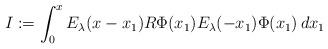
LaTeX: \begin{align*}I:=\int_0^xE_{\lambda}(x-x_1) R \Phi(x_1) E_\lambda(-x_1)\Phi(x_1)\,dx_1 \end{align*}